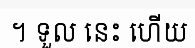
។ ទួល នេះ ហើយ